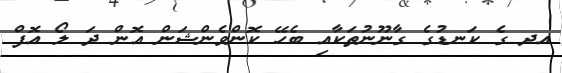
އދ ގެ ކަނޑުގެ ގާނޫނުތަކާއި ބެހޭ ކޮންވެންޝަން އޮން ދަ ލޯ އޮފް